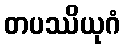
တပဿိယုဂံ